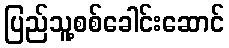
ပြည်သူ့စစ်ခေါင်းဆောင်